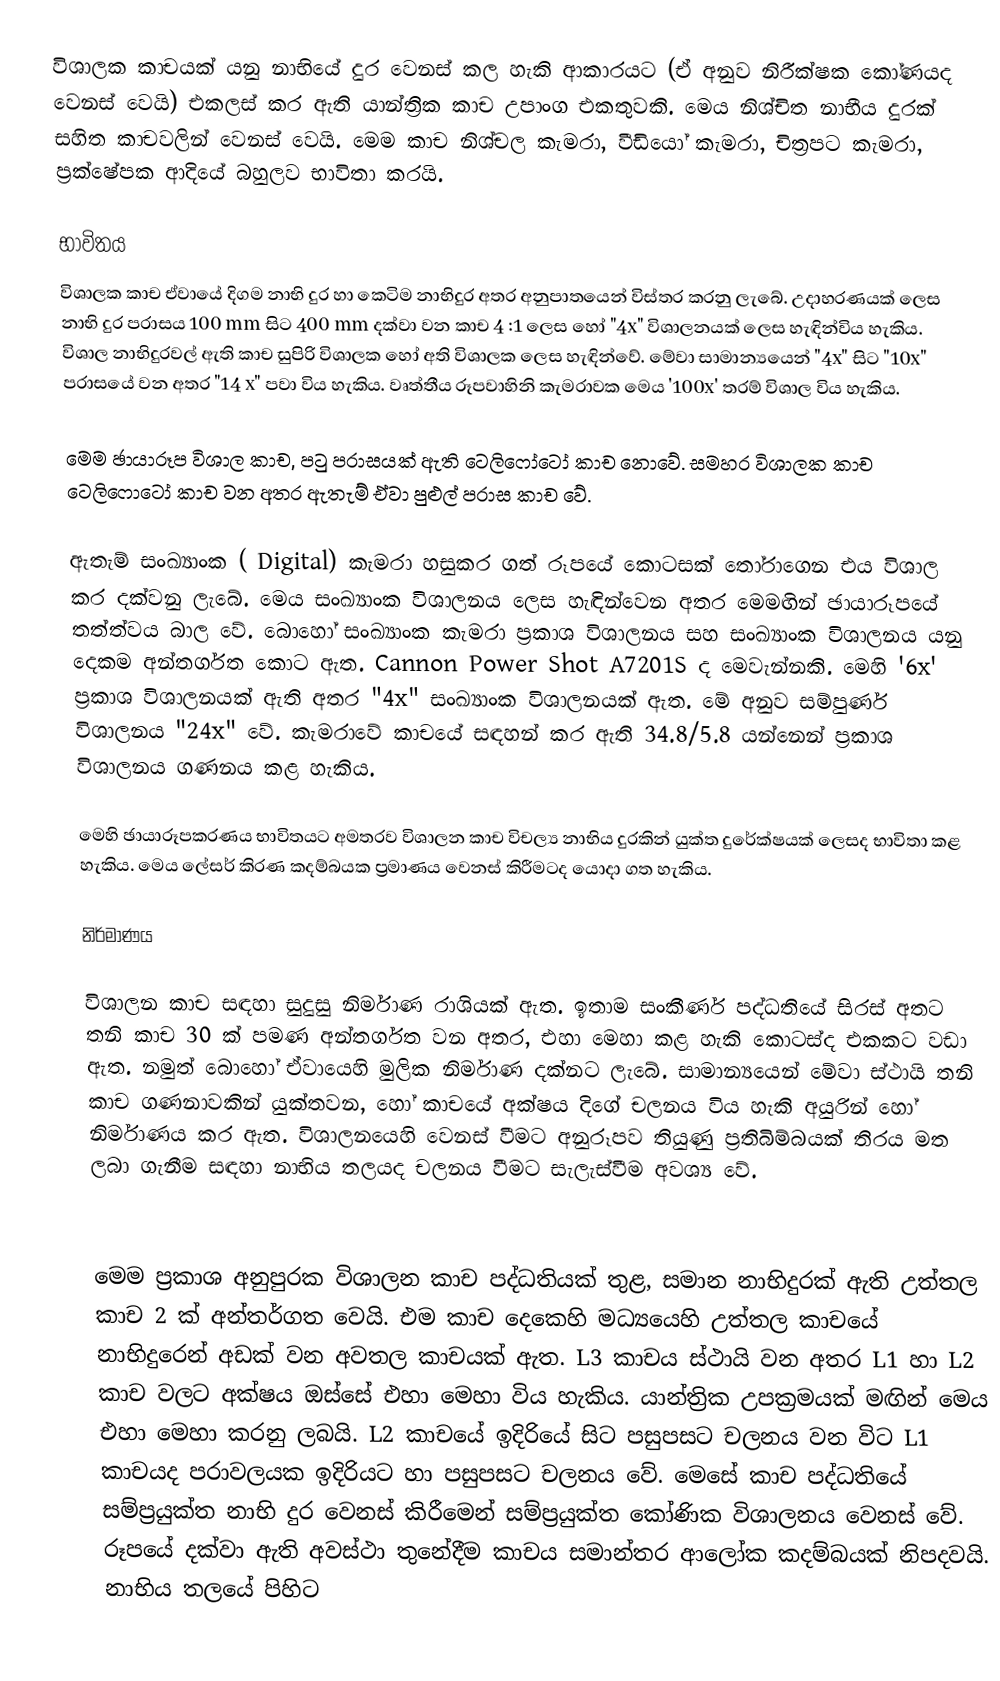
විශාලක කාචයක් යනු නාභියේ දුර වෙනස් කල හැකි ආකාරයට (ඒ අනුව නිරීක්ෂක කෝණයද වෙනස් වෙයි) එකලස් කර ඇති යාන්ත්‍රික කාච උපාංග එකතුවකි. මෙය නිශ්චිත නාභීය දුරක් සහිත කාචවලින් වෙනස් වෙයි. මෙම කාච නිශ්චල කැමරා, වීඩියෝ කැමරා, චිත්‍රපට කැමරා, ප්‍රක්ෂේපක ආදියේ බහුලව භාවිතා කරයි.

භාවිතය
විශාලක කාච ඒවායේ දිගම නාභි දුර හා කෙටිම නාභිදුර අතර අනුපාතයෙන් විස්තර කරනු ලැබේ. උදාහරණයක් ලෙස නාභි දුර පරාසය  100 mm සිට 400 mm දක්වා වන කාච  4 :1 ලෙස හෝ "4x" විශාලනයක් ලෙස හැඳින්විය හැකිය. විශාල නාභිදුරවල් ඇති කාච සුපිරි විශාලක හෝ අති විශාලක ලෙස හැඳින්වේ. මේවා සාමාන්‍යයෙන් "4x" සිට "10x" පරාසයේ වන අතර "14 x" පවා විය හැකිය. වෘත්තීය රූපවාහිනි කැමරාවක මෙය '100x' තරම් විශාල විය හැකිය.

මෙම ඡායාරූප  විශාල කාච, පටු පරාසයක් ඇති ටෙලිෆෝටෝ කාච නොවේ. සමහර විශාලක කාච ටෙලිෆොටෝ කාච වන අතර ඇතැම් ඒවා පුළුල් පරාස කාච වේ.

ඇතැම් සංඛ්‍යාංක ( Digital) කැමරා හසුකර ගත් රූපයේ කොටසක් තෝරාගෙන එය විශාල කර දක්වනු ලැබේ. මෙය සංඛ්‍යාංක විශාලනය ලෙස හැඳින්වෙන අතර මෙමඟින් ඡායාරූපයේ තත්ත්වය බාල වේ. බොහෝ සංඛ්‍යාංක කැමරා ප්‍රකාශ විශාලනය සහ සංඛ්‍යාංක විශාලනය යනු දෙකම අන්තර්ගත කොට ඇත. Cannon Power Shot A7201S ද මෙවැන්නකි. මෙහි '6x' ප්‍රකාශ විශාලනයක් ඇති අතර "4x" සංඛ්‍යාංක විශාලනයක් ඇත. මේ අනුව සම්පුර්ණ විශාලනය "24x" වේ. කැමරාවේ කාචයේ සඳහන් කර ඇති 34.8/5.8 යන්නෙන් ප්‍රකාශ විශාලනය ගණනය කළ හැකිය.

මෙහි ඡායාරූපකරණය භාවිතයට අමතරව විශාලන කාච විචල්‍ය නාභිය දුරකින් යුක්ත දුරේක්ෂයක් ලෙසද භාවිතා කළ හැකිය. මෙය ලේසර් කිරණ කදම්බයක ප්‍රමාණය වෙනස් කිරීමටද යොදා ගත හැකිය.

නිර්මාණය

විශාලන කාච සඳහා  සුදුසු නිර්මාණ රාශියක් ඇත. ඉතාම සංකීර්ණ පද්ධතියේ සිරස් අතට තනි කාච 30 ක් පමණ අන්තර්ගත වන අතර, එහා මෙහා කළ හැකි කොටස්ද එකකට වඩා ඇත. නමුත් බොහෝ ඒවායෙහි මුලික නිර්මාණ දක්නට ලැබේ. සාමාන්‍යයෙන් මේවා ස්ථායි තනි කාච ගණනාවකින් යුක්තවන, හෝ කාචයේ අක්ෂය දිගේ චලනය විය හැකි අයුරින් හෝ නිර්මාණය කර ඇත. විශාලනයෙහි වෙනස් වීමට අනුරූපව තියුණු ප්‍රතිබිම්බයක් තිරය මත ලබා ගැනීම සඳහා  නාභිය තලයද චලනය වීමට සැලැස්වීම අවශ්‍ය වේ.

මෙම ප්‍රකාශ අනුපුරක විශාලන කාච පද්ධතියක් තුළ, සමාන නාභිදුරක් ඇති උත්තල කාච 2 ක් අන්තර්ගත වෙයි. එම කාච දෙකෙහි මධ්‍යයෙහි උත්තල කාචයේ නාභිදුරෙන් අඩක් වන අවතල කාචයක් ඇත. L3 කාචය ස්ථායි වන අතර L1 හා L2 කාච වලට අක්ෂය ඔස්සේ එහා මෙහා විය හැකිය. යාන්ත්‍රික උපක්‍රමයක් මඟින් මෙය එහා මෙහා කරනු ලබයි. L2 කාචයේ ඉදිරියේ සිට පසුපසට චලනය වන විට L1 කාචයද පරාවලයක ඉදිරියට හා පසුපසට චලනය වේ. මෙසේ කාච පද්ධතියේ සම්ප්‍රයුක්ත නාභි දුර වෙනස් කිරීමෙන් සම්ප්‍රයුක්ත කෝණික විශාලනය වෙනස් වේ. රූපයේ දක්වා ඇති අවස්ථා තුනේදීම කාචය සමාන්තර ආ‍ලෝක කදම්බයක් නිපදවයි. නාභිය තලයේ පිහිට